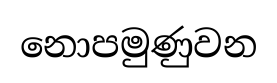
නොපමුණුවන